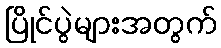
ပြိုင်ပွဲများအတွက်